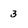
Character: 3